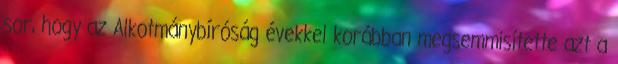
sor, hogy az Alkotmánybíróság évekkel korábban megsemmisítette azt a